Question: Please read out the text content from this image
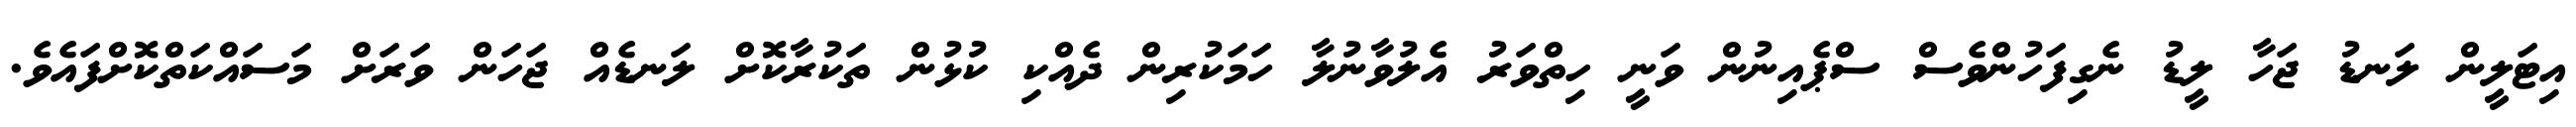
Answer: އިޓަލީން ލަނޑު ޖަހާ ލީޑު ނެގިފަހުންވެސް ސްޕެއިނުން ވަނީ ހިތްވަރު އެލުވާނުލާ ހަމަކުރިން ދެއްކި ކުޅުން ތަކުރާކޮށް ލަނޑެއް ޖަހަން ވަރަށް މަސައްކަތްކޮށްފައެވެ.